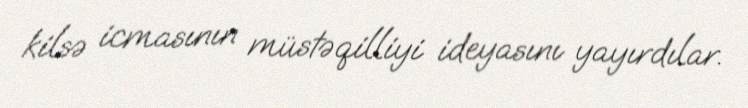
kilsə icmasının müstəqilliyi ideyasını yayırdılar.